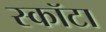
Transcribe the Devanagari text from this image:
स्कॉटा